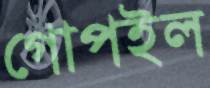
গোপইল